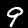
Digit: 9